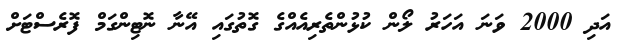
އަދި 2000 ވަނަ އަހަރު ލޯން ކުޅުންތެރިއެއްގެ ގޮތުގައި އޭނާ ނޮޓިންގަމް ފޮރެސްޓަށް